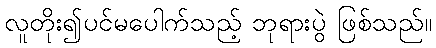
လူတိုး၍ပင်မပေါက်သည့် ဘုရားပွဲ ဖြစ်သည်။